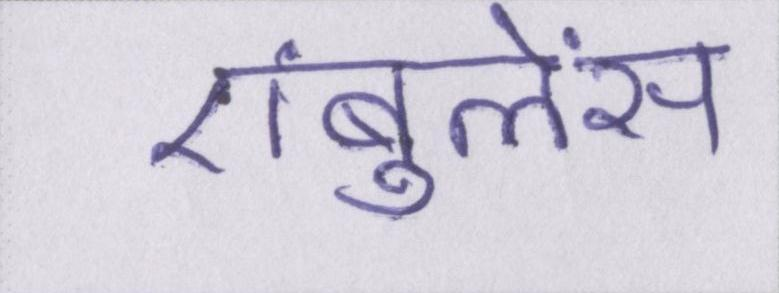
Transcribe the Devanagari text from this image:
एंबुलेंस